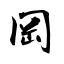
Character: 岡